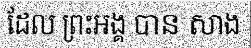
ដែល ព្រះអង្គ បាន សាង